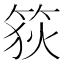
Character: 𥭳